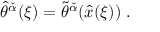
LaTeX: \hat { \theta } ^ { \check { \alpha } } ( \xi ) = \tilde { \theta } ^ { \check { \alpha } } ( \hat { x } ( \xi ) ) \; .